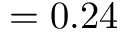
= 0 . 2 4